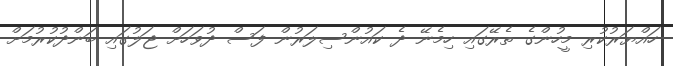
ހައްޔަރުކުރި މީހުންގެ ތެރޭގައި ހިމެނޭ ދެ ކައުންސިލަރުން ފަސް ދުވަހަށް ޖަލުގައި ބަންދުކުރުމަށް